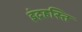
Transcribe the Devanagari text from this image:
इंद्रहस्ति